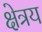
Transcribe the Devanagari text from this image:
क्षेत्रय